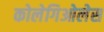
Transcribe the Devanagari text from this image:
कोलेगिओलेस